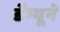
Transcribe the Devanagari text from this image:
डेंग्यूने